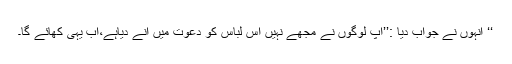
‘‘ انہوں نے جواب دیا :’’آپ لوگوں نے مجھے نہیں اس لباس کو دعوت میں آنے دیاہے،اب یہی کھائے گا۔